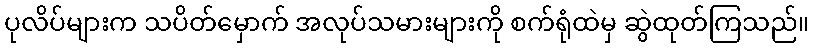
ပုလိပ်များက သပိတ်မှောက် အလုပ်သမားများကို စက်ရုံထဲမှ ဆွဲထုတ်ကြသည်။